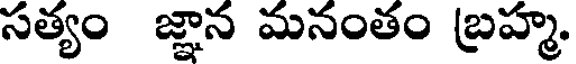
సత్యం జ్ఞాన మనంతం బ్రహ్మ.